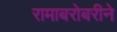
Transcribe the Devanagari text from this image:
रामाबरोबरीने